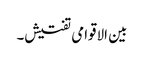
بین الاقوامی تفتیش۔